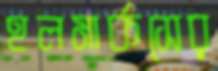
হলমার্কসের